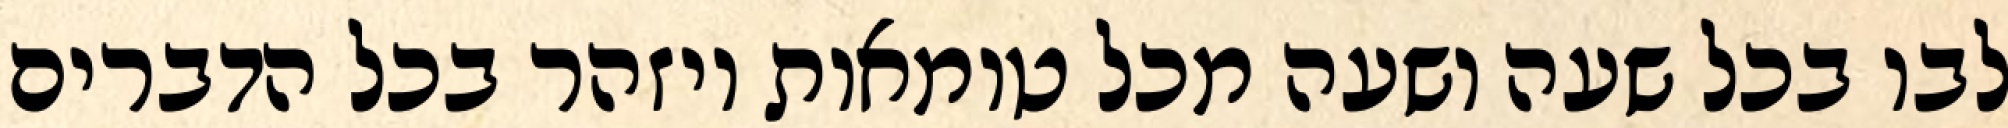
לבו בכל שעה ושעה מכל טומאות ויזהר בכל הדברים